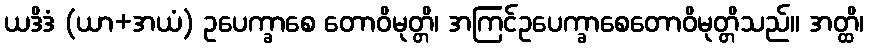
ယဒိဒံ (ယာ+အယံ) ဥပေက္ခာစေ တောဝိမုတ္တိ၊ အကြင်ဥပေက္ခာစေတောဝိမုတ္တိသည်။ အတ္ထိ၊